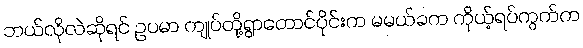
ဘယ်လိုလဲဆိုရင် ဥပမာ ကျုပ်တို့ရွာတောင်ပိုင်းက မမယ်ခက ကိုယ့်ရပ်ကွက်က